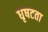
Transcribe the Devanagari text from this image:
धृषटता